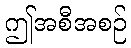
ဤအစီအစဉ်